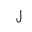
Letter: _lam